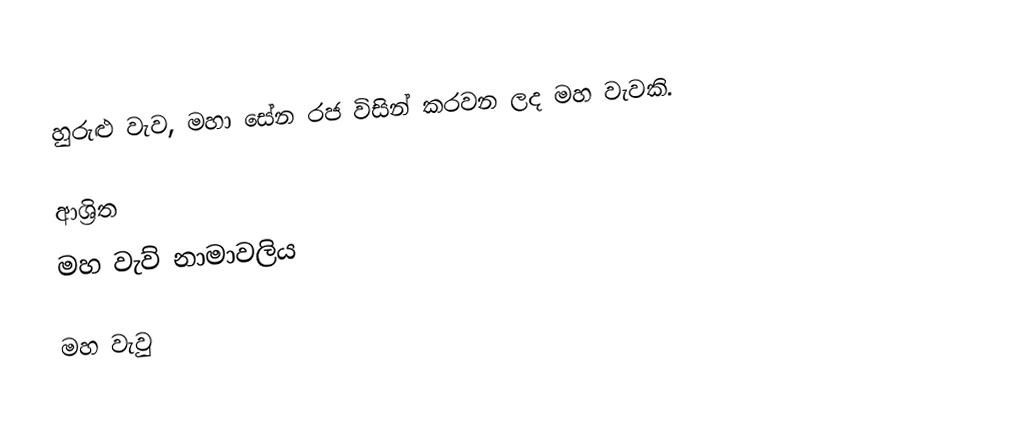
හුරුළු වැව, මහා සේන රජ විසින් කරවන ලද මහ වැවකි.

ආශ්‍රිත
 මහ වැව් නාමාවලිය

මහ වැවු